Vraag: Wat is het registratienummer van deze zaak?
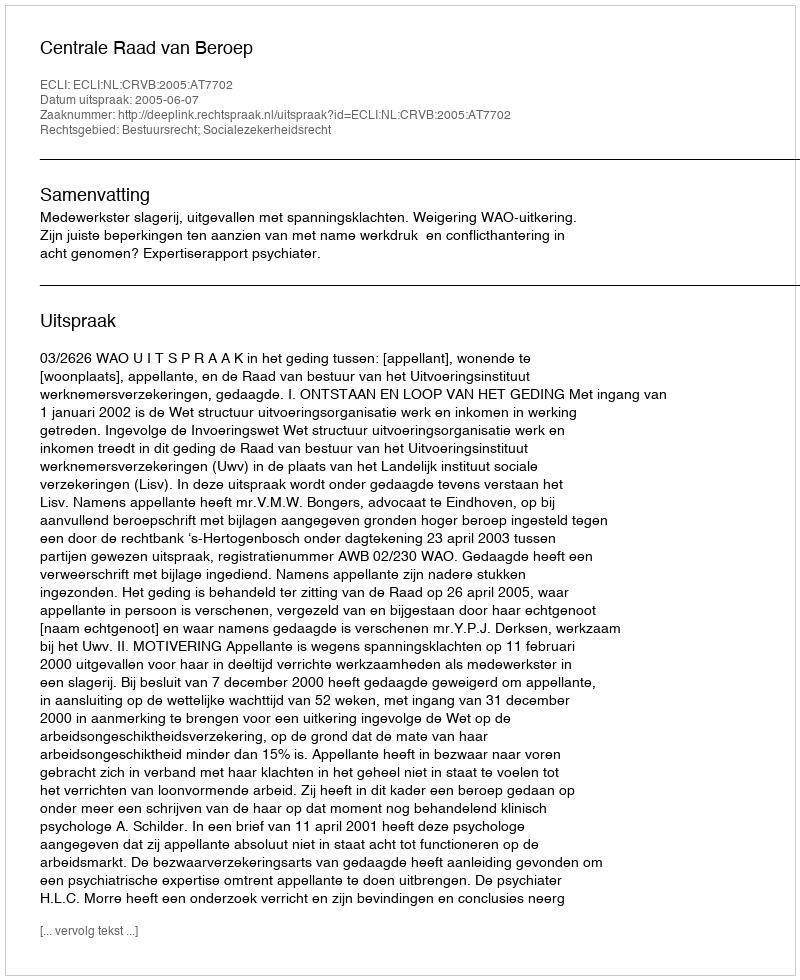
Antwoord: http://deeplink.rechtspraak.nl/uitspraak?id=ECLI:NL:CRVB:2005:AT7702